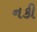
નકી